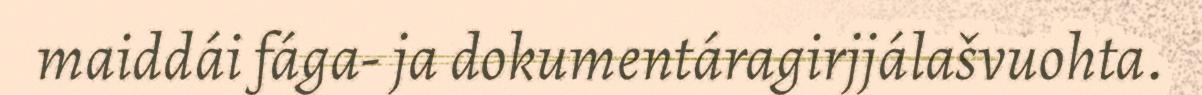
maiddái fága- ja dokumentáragirjjálašvuohta.